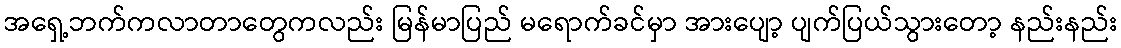
အရှေ့ဘက်ကလာတာတွေကလည်း မြန်မာပြည် မရောက်ခင်မှာ အားပျော့ ပျက်ပြယ်သွားတော့ နည်းနည်း